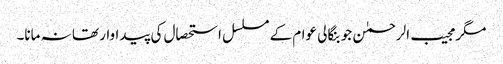
مگر مجیب الرحمٰن جو بنگالی عوام کے مسلسل استحصال کی پیداوار تھا نہ مانا۔